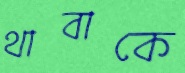
থাবাকে